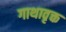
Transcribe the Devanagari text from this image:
गाथावृक्त